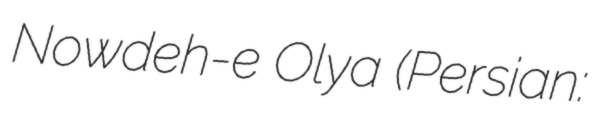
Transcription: Nowdeh-e Olya (Persian: